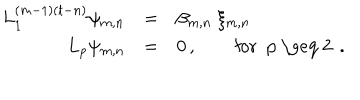
LaTeX: \begin{array} { r c l } { { L _ { 1 } ^ { ( m - 1 ) ( t - n ) } \psi _ { m , n } } } & { { = } } & { { \beta _ { m , n } \; \xi _ { m , n } \, } } \\ { { L _ { p } \psi _ { m , n } } } & { { = } } & { { 0 \, , \qquad \mathrm { f o r ~ p ~ \geq ~ 2 ~ } \, . } } \\ \end{array}